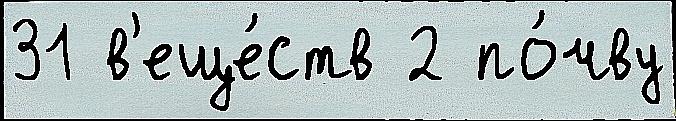
31 в'еще́ств 2 по́чву